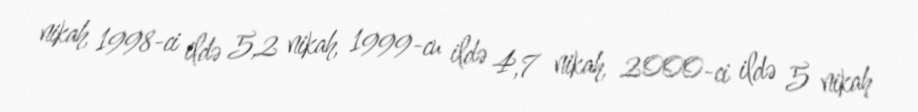
nikah, 1998-ci ildə 5,2 nikah, 1999-cu ildə 4,7 nikah, 2000-ci ildə 5 nikah